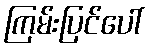
ကြမ်းပြင်ပေါ်